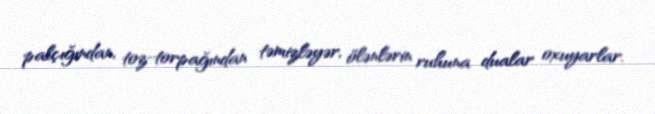
palçığından, toz-torpağından təmizləyər, ölənlərin ruhuna dualar oxuyarlar.